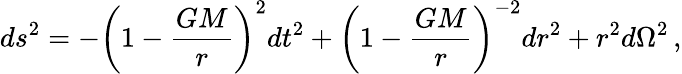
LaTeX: ds^{2}=-\left(1-\frac{GM}{r}\right)^{2}dt^{2}+\left(1-\frac{GM}{r}\right)^{-2}dr^{2}+r^{2}d\Omega^{2}\, ,